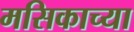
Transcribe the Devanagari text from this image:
मसिकाच्या